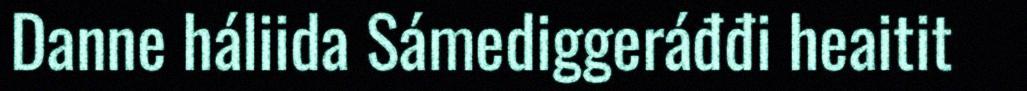
Danne háliida Sámediggeráđđi heaitit